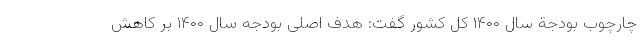
چارچوب بودجة سال ۱۴۰۰ کل کشور گفت: هدف اصلی بودجه سال ۱۴۰۰ بر کاهش